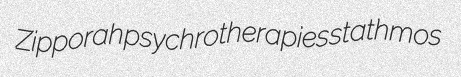
Zipporah psychrotherapies stathmos